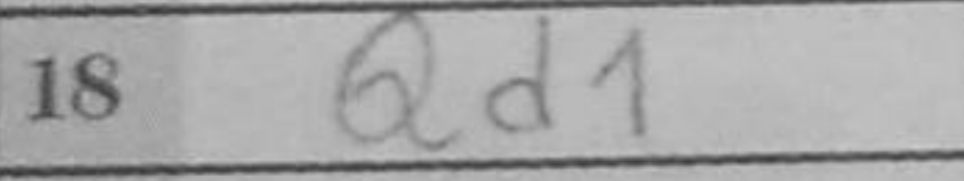
Transcription: Qd1